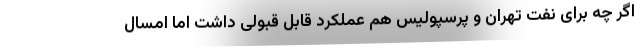
اگر چه برای نفت تهران و پرسپولیس هم عملکرد قابل قبولی داشت اما امسال